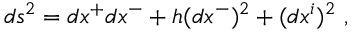
d s ^ { 2 } = d x ^ { + } d x ^ { - } + h ( d x ^ { - } ) ^ { 2 } + ( d x ^ { i } ) ^ { 2 } ~ ,